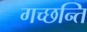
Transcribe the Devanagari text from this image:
गच्छन्ति